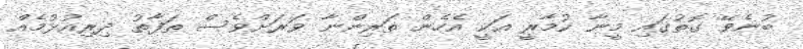
ބުނެވޭ ގޮތުގައި މީނާ ކުމާރީ އަކީ އެހެން ތަރިންނާ ވަރަށްވެސް ތަފާތު ދިރިއުޅުމެއް